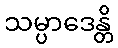
သမ္ပာဒေန္တိ